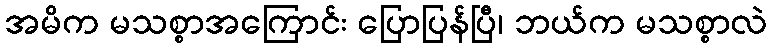
အမိက မသစ္စာအကြောင်း ပြောပြန်ပြီ၊ ဘယ်က မသစ္စာလဲ